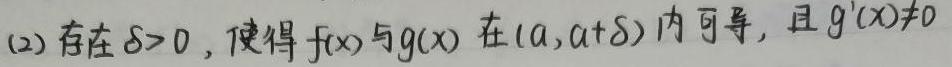
(2) 存在 $\delta>0$，使得 $f(x)$ 与 $g(x)$ 在 $(a,a + \delta)$ 内可导，且 $g'(x)\neq 0$